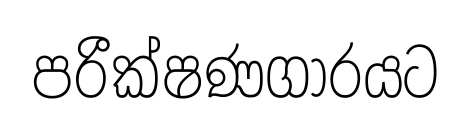
පරීක්ෂණගාරයට